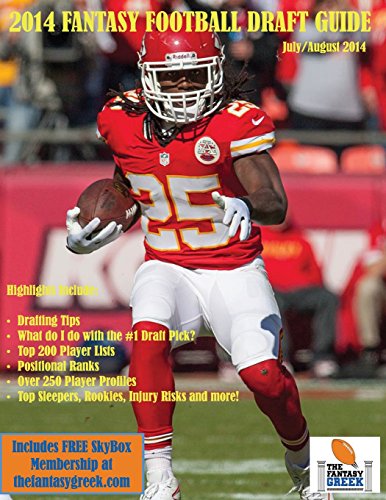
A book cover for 2014 Fantasy Football Draft Guide (The Fantasy Greek Fantasy Football Draft Guide); James Saranteas; Humor & Entertainment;